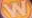
W